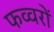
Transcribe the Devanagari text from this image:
फव्‍वरों